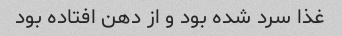
غذا سرد شده بود و از دهن افتاده بود